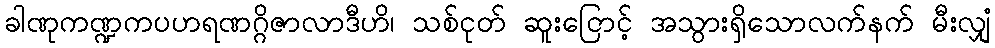
ခါဏုကဏ္ဍကပဟရဏဂ္ဂိဇာလာဒီဟိ၊ သစ်ငုတ် ဆူးငြောင့် အသွားရှိသောလက်နက် မီးလျှံ